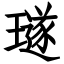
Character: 璲